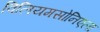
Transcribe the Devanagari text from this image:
विलियमसोनिएला